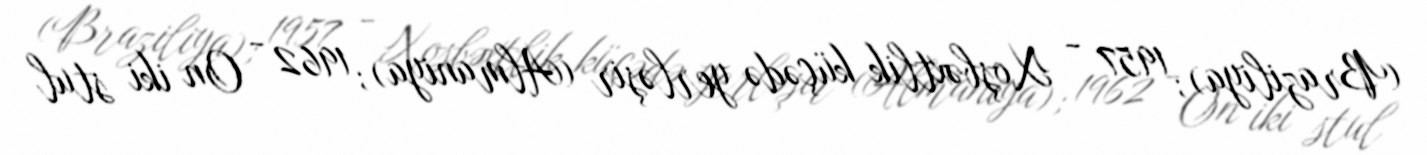
(Braziliya); 1957 - Xoşbəxtlik küçədə yerləşir (Almaniya); 1962 - On iki stul